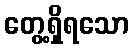
တွေ့ရှိရသော